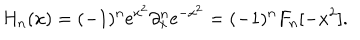
LaTeX: H _ { n } ( x ) = ( - 1 ) ^ { n } \mathrm { e } ^ { x ^ { 2 } } \partial _ { x } ^ { n } \mathrm { e } ^ { - x ^ { 2 } } = ( - 1 ) ^ { n } F _ { n } [ - x ^ { 2 } ] .